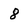
Character: 8